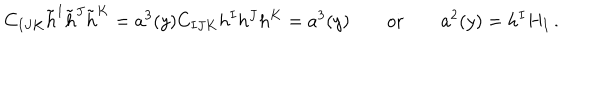
LaTeX: C _ { I J K } \tilde { h } ^ { I } \tilde { h } ^ { J } \tilde { h } ^ { K } = a ^ { 3 } ( y ) C _ { I J K } h ^ { I } h ^ { J } h ^ { K } = a ^ { 3 } ( y ) \qquad \mathrm { o r } \qquad a ^ { 2 } ( y ) = h ^ { I } H _ { I } \, .